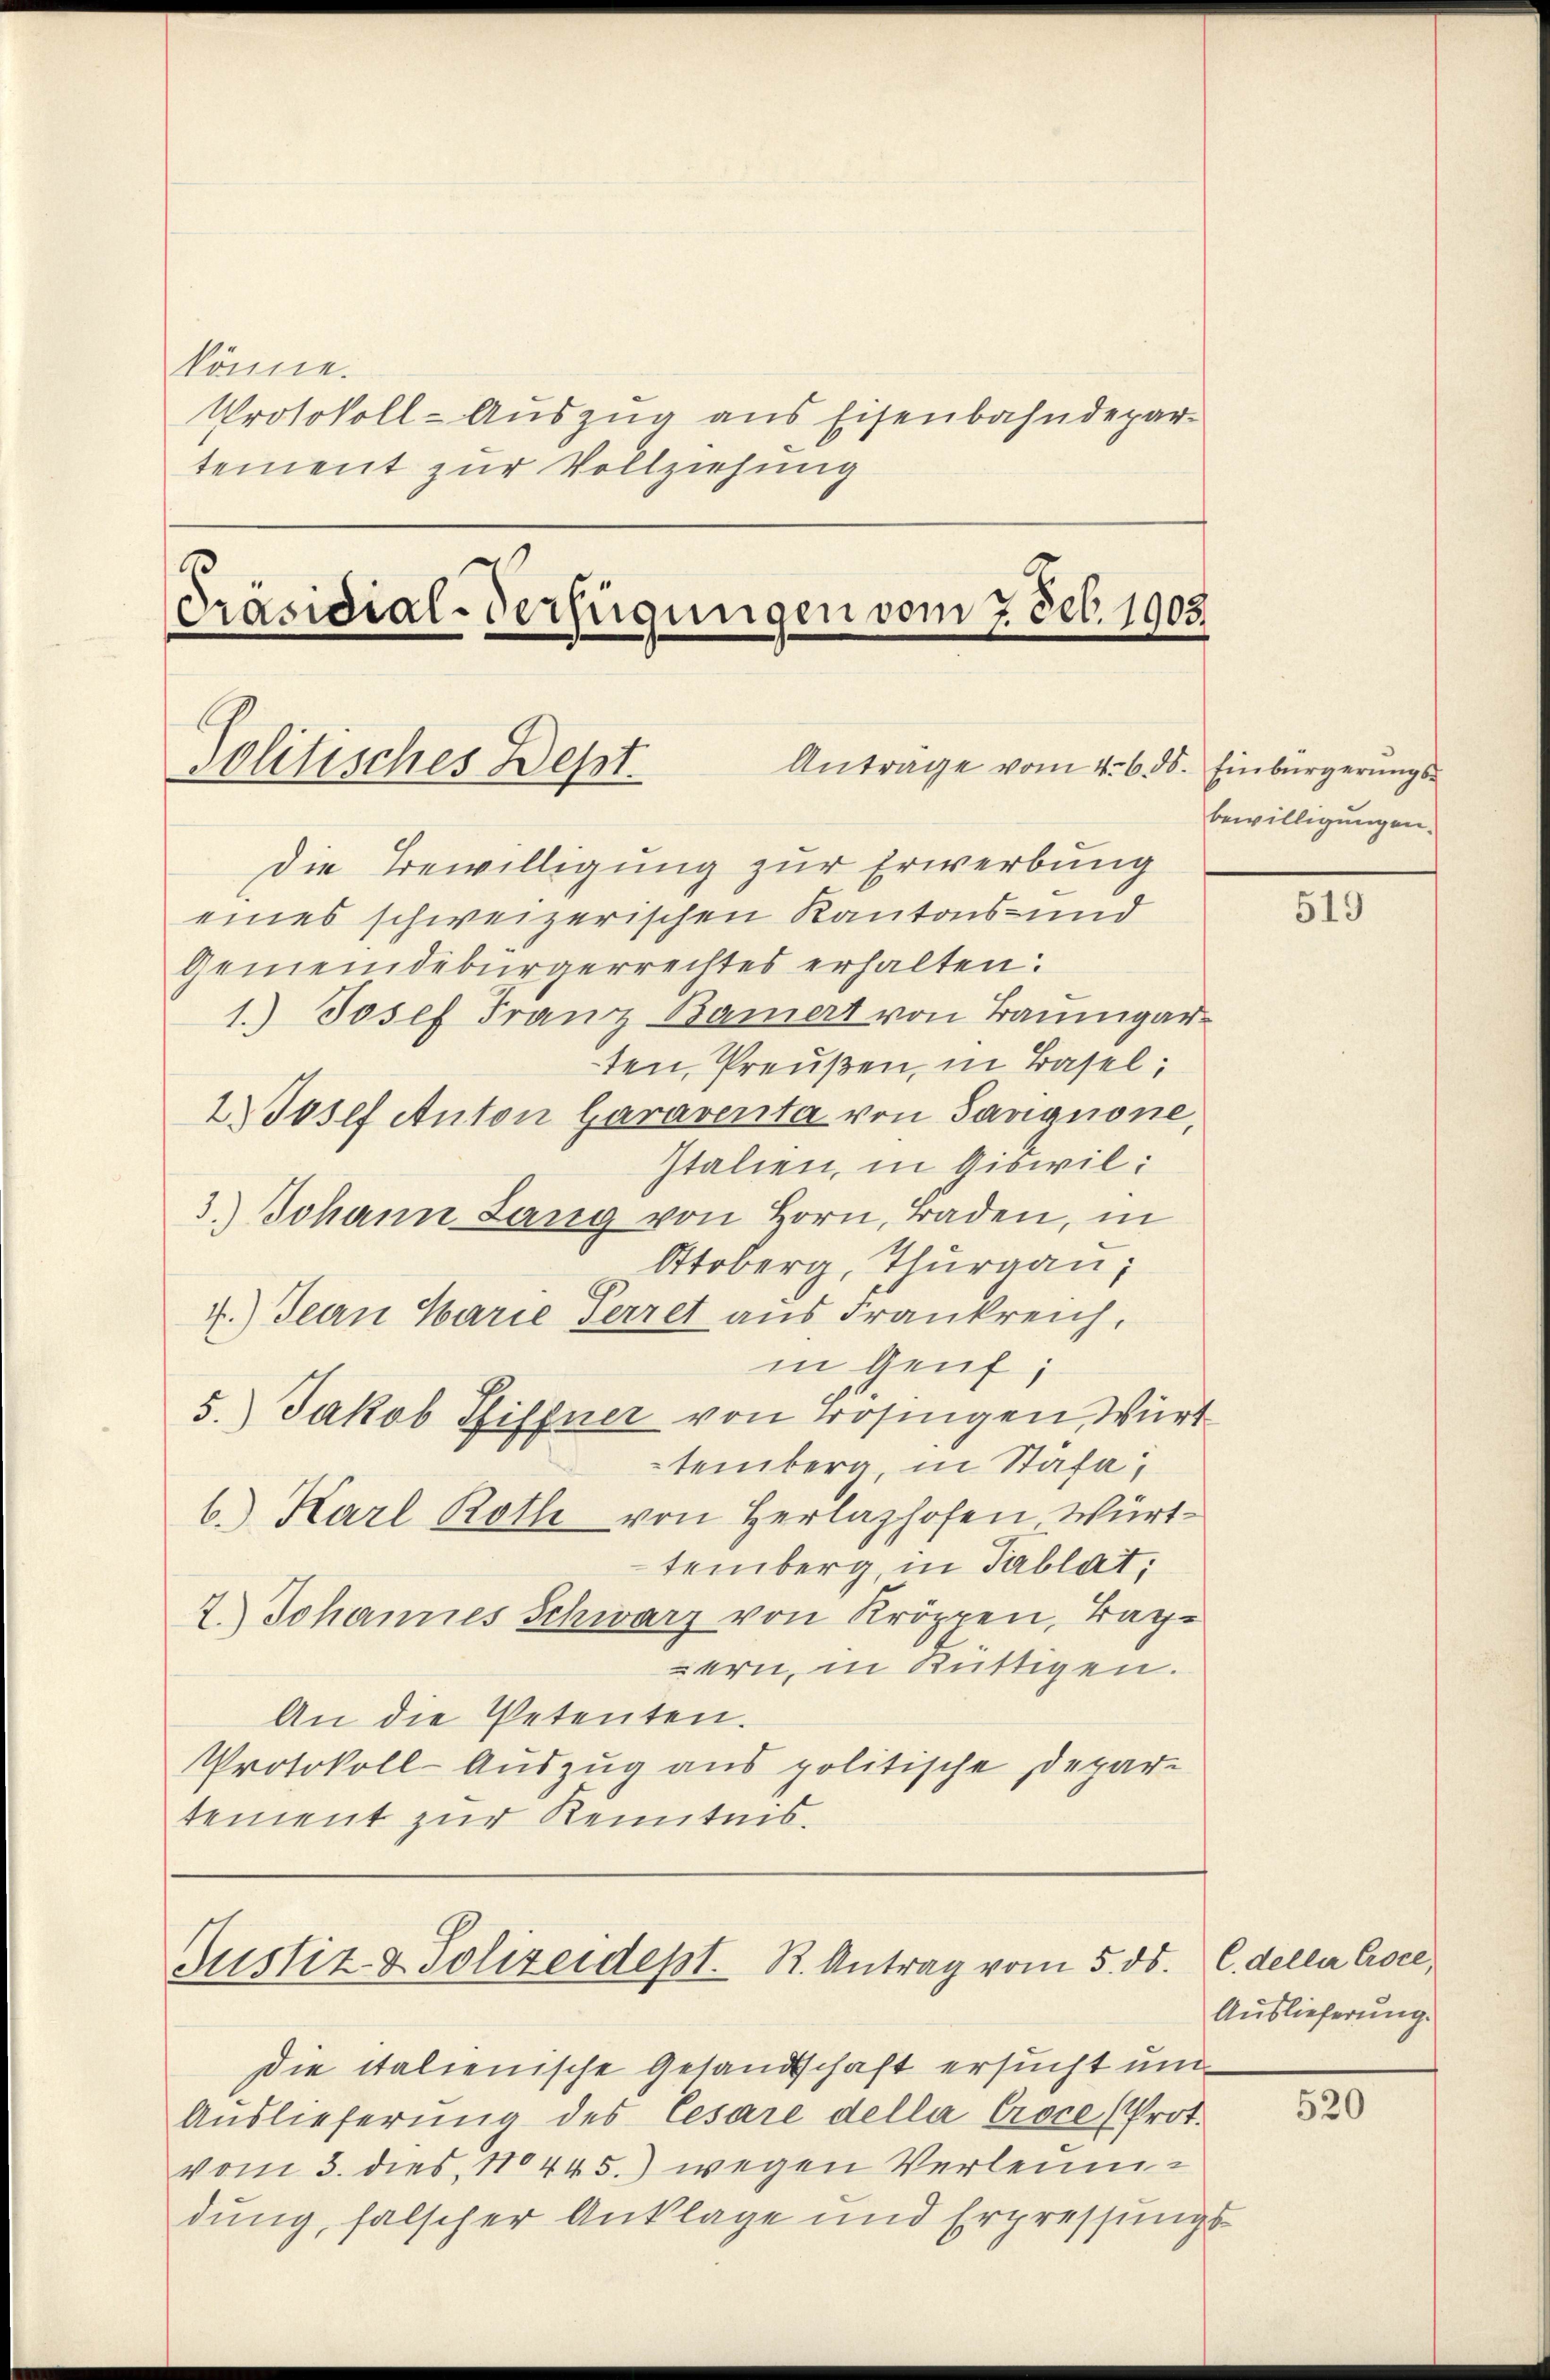
könne.
Protokoll-Auszug aus Eisenbahndepar-
tement zur Vollziehung
Präsidial-Verfügungen vom 7. Feb. 1903.
Anträge vom 4. 6. ds. Einbürgerŭngs-
Politisches Dept.

Justiz & Polizeidept. R. Antrag vom 5. ds.

die Bewilligung zur Erwerbung
eines schweizerischen Kantons- und
Gemeindebürgerrechtes erhalten:
1.) Josef Franz Bauert von Baumgarten, Preußen, in Basel;
2 Josef Anton Garaventa von Sangnone,
Italien, in Giswil:
3.) Johann Lang von Horn, Baden, in
Sttoberg, Thurgau,
4.) Jean Marie Ferret aus Frankreich,
in Genf;
5.) Jakob Pfiffner von Brosingen, Wirt
temberg, in Stäfa
b. Karl Roth von Herlashofen Württemberg, in Tablat,
2.) Johannes Schwarz von Kröppen, Tagern, in Rüttigen.
An die Petenten.
Protokoll-Auszug aus politische Depar-
tement zur Kenntnis.

Die italienische Gesandtschaft ersucht und
Auslieferung des Cesare della Croce (Prot.
vom 3. dies 180445.) wegen Verleumdung, falscher Anklage und Erpressungs¬

bewilligungen.

519

C. deller Coce,
Auslieferung.

520